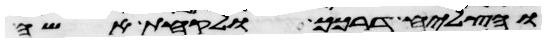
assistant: והצליח דרכך ולקחת אשה